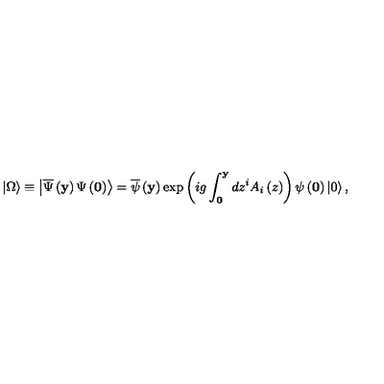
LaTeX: \left| \Omega \right\rangle \equiv \left| \overline { \Psi } \left( { \bf y } \right) \Psi \left( { \bf 0 } \right) \right\rangle = \overline { \psi } \left( { \bf y } \right) \exp \left( { i g \int _ { \bf 0 } ^ { \bf y } { d z ^ { i } A _ { i } \left( z \right) } } \right) \psi \left( { \bf 0 } \right) \left| 0 \right\rangle ,